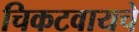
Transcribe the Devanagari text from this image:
चिकटवायचे